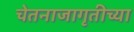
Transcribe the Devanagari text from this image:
चेतनाजागृतीच्या